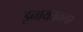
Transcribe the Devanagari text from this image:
इनायतनगर